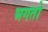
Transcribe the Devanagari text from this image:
भगतो